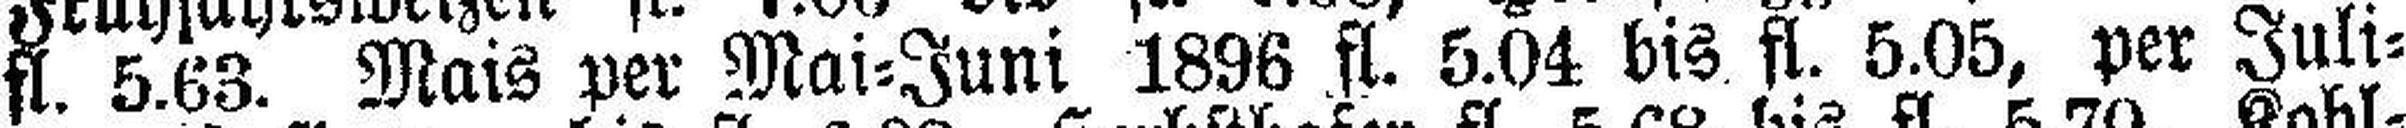
fl. 5.63. Mais per Mai=Juni 1896 fl. 5.04 bis fl. 5.05, per Juli=